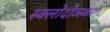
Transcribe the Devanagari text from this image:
स्क्लोदोव्स्का